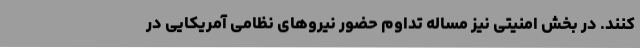
کنند. در بخش امنیتی نیز مساله تداوم حضور نیروهای نظامی آمریکایی در